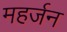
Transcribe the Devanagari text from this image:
महर्जन